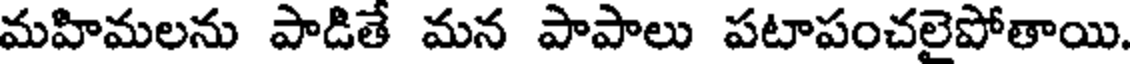
మహిమలను పాడితే మన పాపాలు పటాపంచలైపోతాయి.